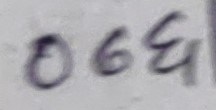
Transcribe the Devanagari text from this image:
०६५